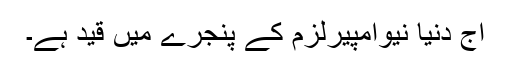
آج دنیا نیوامپیرلزم کے پنجرے میں قید ہے۔